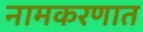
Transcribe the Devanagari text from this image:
नामकरणात